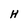
Character: H